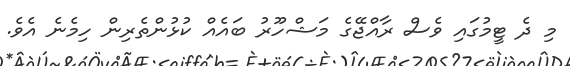
މި ދެ ޓީމުގައި ވެސް ރާއްޖޭގެ މަޝްހޫރު ބައެއް ކުޅުންތެރިން ހިމެނެ އެވެ.